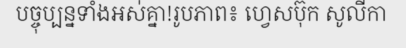
បច្ចុប្បន្នទាំងអស់គ្នា!រូបភាព៖ ហ្វេសប៊ុក សូលីកា